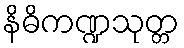
နိဓိကဏ္ဍသုတ္တ